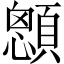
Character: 顖